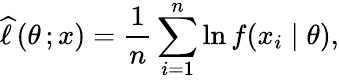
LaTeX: {\widehat{\ell\, }}(\theta\, ;x)={\frac{1}{n}}\sum_{i=1}^{n}\ln f(x_{i}\mid\theta),